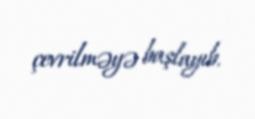
çevrilməyə başlayıb.